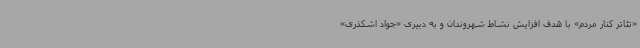
«تئاتر کنار مردم» با هدف افزایش نشاط شهروندان و به دبیری «جواد اشکذری»